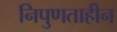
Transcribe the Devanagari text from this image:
निपुणताहीन